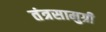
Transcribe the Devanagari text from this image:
तंत्रसामुग्री